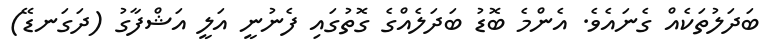
ބަދަލުތަކެއް ގެނައެވެ. އެންމެ ބޮޑު ބަދަލެއްގެ ގޮތުގައި ފެނުނީ އަލީ އަޝްފާގު (ދަގަނޑޭ)